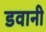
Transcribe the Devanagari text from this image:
डवानी